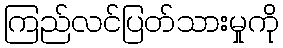
ကြည်လင်ပြတ်သားမှုကို